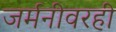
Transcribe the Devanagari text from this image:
जर्मनीवरही